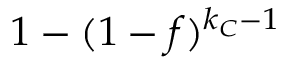
1 - ( 1 - f ) ^ { k _ { C } - 1 }